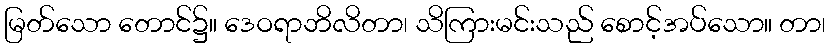
မြတ်သော တောင်၌။ ဒေဝရာဘိလိတာ၊ သိကြားမင်းသည် စောင့်အပ်သော။ တာ၊